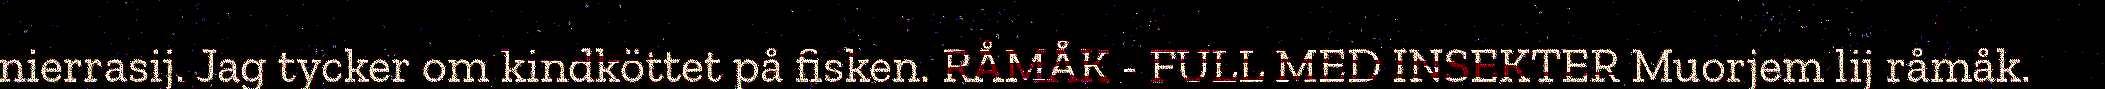
nierrasij. Jag tycker om kindköttet på fisken. RÅMÅK - FULL MED INSEKTER Muorjem lij råmåk.